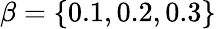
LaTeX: \beta=\{ 0.1,0.2,0.3\}